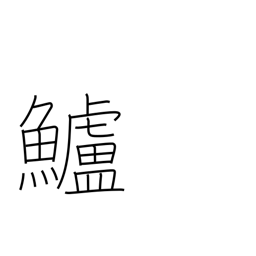
Meaning: sea bass